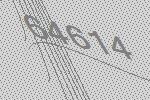
64614